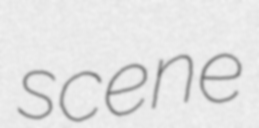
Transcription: scene